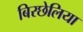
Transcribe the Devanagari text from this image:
बिरछेलिया